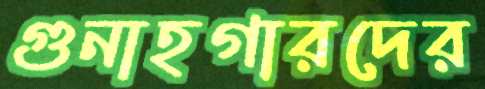
গুনাহগারদের